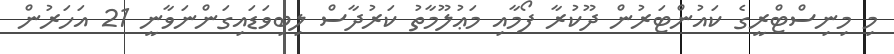
މި މިނިސްޓްރީގެ ކައުންޓަރުން ދޫކުރާ ފޯމާއި މަޢުލޫމާތު ކަރުދާސް ލިބިވަޑައިގަންނަވާނީ 21 އަހަރުން